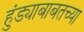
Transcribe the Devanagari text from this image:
हुंड्याबाबतच्या